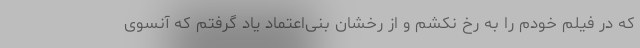
که در فیلم خودم را به رخ نکشم و از رخشان بنی‌اعتماد یاد گرفتم که آنسوی